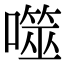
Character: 噬